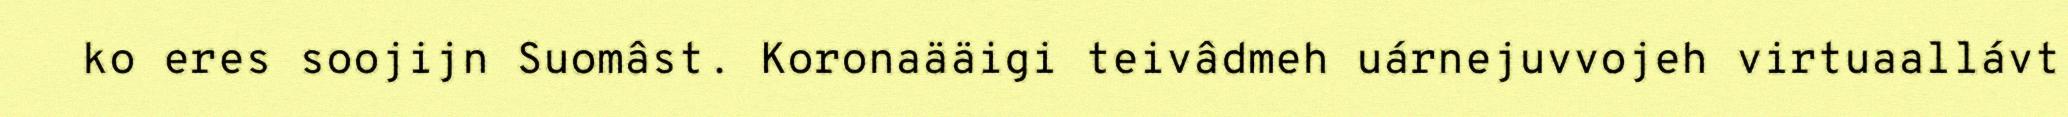
ko eres soojijn Suomâst. Koronaääigi teivâdmeh uárnejuvvojeh virtuaallávt